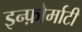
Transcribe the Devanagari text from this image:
इन्फ़ोर्माटी